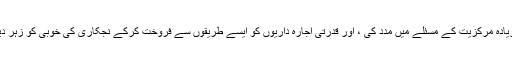
تھیچر نے برطانیہ کے مقامی حکومت کے خلاف اپنی جنگ سے زیادہ مرکزیت کے مسئلے میں مدد کی ، اور قدرتی اجارہ داریوں کو ایسے طریقوں سے فروخت کرکے نجکاری کی خوبی کو زہر دیا جس سے صارفین پر سرمایہ کاروں کی حمایت کی جاسکتی ہے۔